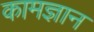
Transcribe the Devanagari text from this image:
कामज्ञान